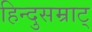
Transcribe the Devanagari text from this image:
हिन्दुसम्राट्